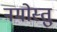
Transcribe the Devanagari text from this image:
नमोस्तु